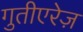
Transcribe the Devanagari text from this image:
गुतीएरेज़